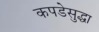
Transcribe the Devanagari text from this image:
कपडेसुद्धा